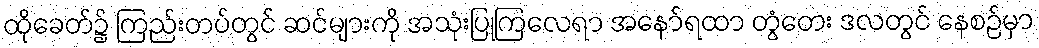
ထိုခေတ်၌ ကြည်းတပ်တွင် ဆင်များကို အသုံးပြုကြလေရာ အနော်ရထာ တွံတေး ဒလတွင် နေစဉ်မှာ